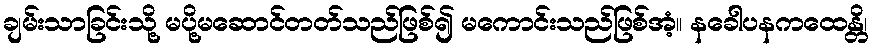
ချမ်းသာခြင်းသို့ မပို့မဆောင်တတ်သည်ဖြစ်၍ မကောင်းသည်ဖြစ်အံ့။ နခေါပနကထေန္တိ၊